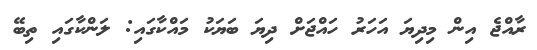
ރާއްޖެ އިން މިދިޔަ އަހަރު ހައްޖަށް ދިޔަ ބަޔަކު މައްކާގައި: ލަންކާގައި ތިބޭ